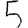
Digit: 5